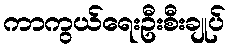
ကာကွယ်ရေးဦးစီးချုပ်